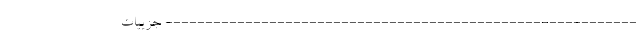
----------------------------------------------------------- جزییات